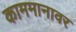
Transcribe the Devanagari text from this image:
काममानावर